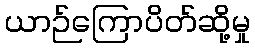
ယာဉ်ကြောပိတ်ဆို့မှု